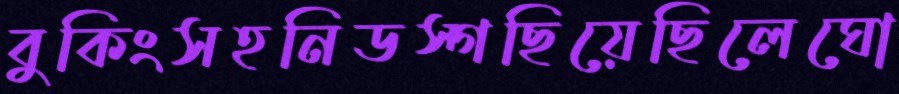
বুকিংসহনিডস্গছিয়েছিলেঘো